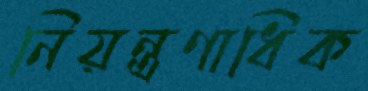
নিয়ন্ত্রণাধিক